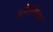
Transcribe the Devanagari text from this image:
अमेरीकेच्य